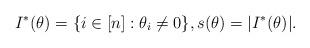
LaTeX: \begin{align*}I^*(\theta)=\{i\in[n]: \theta_i \not =0\}, s(\theta)=|I^*(\theta)|.\end{align*}